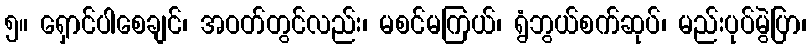
၅။ ရှောင်ပါစေချင်၊ အဝတ်တွင်လည်း၊ မစင်မကြယ်၊ ရွံဘွယ်စက်ဆုပ်၊ မည်းပုပ်မွဲပြာ၊